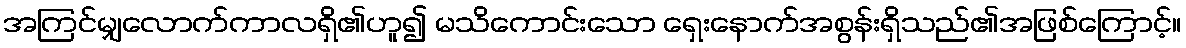
အကြင်မျှလောက်ကာလရှိ၏ဟူ၍ မသိကောင်းသော ရှေးနောက်အစွန်းရှိသည်၏အဖြစ်ကြောင့်။